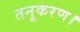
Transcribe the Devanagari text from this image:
तनूकरण।